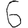
Digit: 6